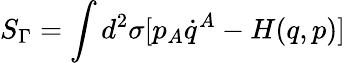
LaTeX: S_{\Gamma}=\int d^{2}\sigma[p_{A}\dot{q}^{A}-H(q,p)]